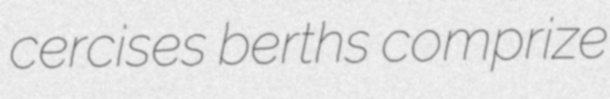
cercises berths comprize